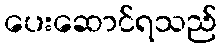
ပေးဆောင်ရသည်